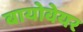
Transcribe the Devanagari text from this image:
बायोवेयर